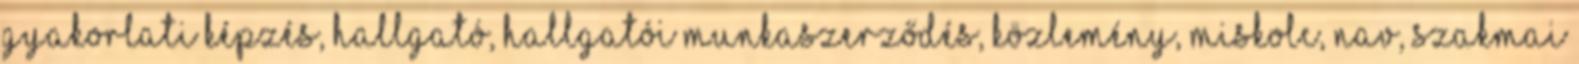
gyakorlati képzés, hallgató, hallgatói munkaszerződés, közlemény, Miskolc, NAV, szakmai